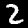
Label: 2